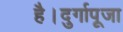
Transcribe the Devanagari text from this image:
है।दुर्गापूजा